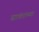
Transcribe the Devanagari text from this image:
सावंताच्या